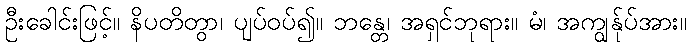
ဦးခေါင်းဖြင့်။ နိပတိတွာ၊ ပျပ်ဝပ်၍။ ဘန္တေ၊ အရှင်ဘုရား။ မံ၊ အကျွန်ုပ်အား။